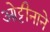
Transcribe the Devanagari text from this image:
ओट्टीनाने